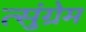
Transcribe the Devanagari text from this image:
त्सुंग्रेम